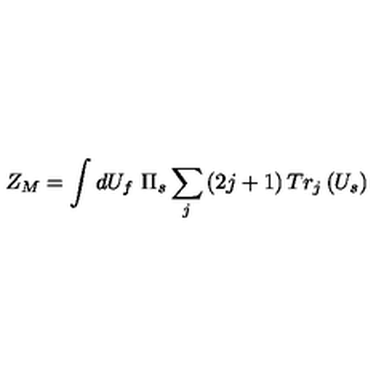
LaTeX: Z _ { M } = \int d U _ { f } \ \Pi _ { s } \sum _ { j } \left( 2 j + 1 \right) T r _ { j } \left( U _ { s } \right)